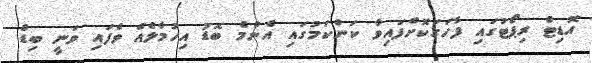
އޮޑިޓް ރިޕޯޓުގައި ފާހަގަކޮށްފައިވާ ކަންކަމުގައި އެންމެ ބޮޑު އިހުމާލެއް ވެފައި ވަނީ ބިޑް